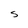
Character: S